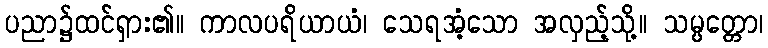
ပညာ၌ထင်ရှား၏။ ကာလပရိယာယံ၊ သေရအံ့သော အလှည့်သို့။ သမ္ပတ္တော၊